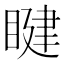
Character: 睷